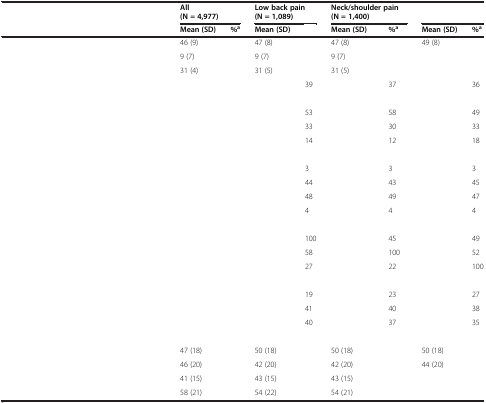
<table><thead><tr><td>[EMPTY_CELL]</td><td colspan="2"><b>All (N = 4,977)</b></td><td colspan="2"><b>Low back pain(N = 1,089)</b></td><td colspan="2"><b>Neck/shoulder pain(N = 1,400)</b></td><td colspan="2">[EMPTY_CELL]</td></tr><tr><td>[EMPTY_CELL]</td><td><b>Mean (SD)</b></td><td><b>%<sup>a</sup></b></td><td><b>Mean (SD)</b></td><td>[EMPTY_CELL]</td><td><b>Mean (SD)</b></td><td><b>%<sup>a</sup></b></td><td><b>Mean (SD)</b></td><td><b>%<sup>a</sup></b></td></tr></thead><tbody><tr><td>[EMPTY_CELL]</td><td>46 (9)</td><td>[EMPTY_CELL]</td><td>47 (8)</td><td>[EMPTY_CELL]</td><td>47 (8)</td><td>[EMPTY_CELL]</td><td>49 (8)</td><td>[EMPTY_CELL]</td></tr><tr><td>[EMPTY_CELL]</td><td>9 (7)</td><td>[EMPTY_CELL]</td><td>9 (7)</td><td>[EMPTY_CELL]</td><td>9 (7)</td><td>[EMPTY_CELL]</td><td>[EMPTY_CELL]</td><td>[EMPTY_CELL]</td></tr><tr><td>[EMPTY_CELL]</td><td>31 (4)</td><td>[EMPTY_CELL]</td><td>31 (5)</td><td>[EMPTY_CELL]</td><td>31 (5)</td><td>[EMPTY_CELL]</td><td>[EMPTY_CELL]</td><td>[EMPTY_CELL]</td></tr><tr><td>[EMPTY_CELL]</td><td>[EMPTY_CELL]</td><td>[EMPTY_CELL]</td><td>[EMPTY_CELL]</td><td>39</td><td>[EMPTY_CELL]</td><td>37</td><td>[EMPTY_CELL]</td><td>36</td></tr><tr><td>[EMPTY_CELL]</td><td>[EMPTY_CELL]</td><td>[EMPTY_CELL]</td><td>[EMPTY_CELL]</td><td>[EMPTY_CELL]</td><td>[EMPTY_CELL]</td><td>[EMPTY_CELL]</td><td>[EMPTY_CELL]</td><td>[EMPTY_CELL]</td></tr><tr><td>[EMPTY_CELL]</td><td>[EMPTY_CELL]</td><td>[EMPTY_CELL]</td><td>[EMPTY_CELL]</td><td>53</td><td>[EMPTY_CELL]</td><td>58</td><td>[EMPTY_CELL]</td><td>49</td></tr><tr><td>[EMPTY_CELL]</td><td>[EMPTY_CELL]</td><td>[EMPTY_CELL]</td><td>[EMPTY_CELL]</td><td>33</td><td>[EMPTY_CELL]</td><td>30</td><td>[EMPTY_CELL]</td><td>33</td></tr><tr><td>[EMPTY_CELL]</td><td>[EMPTY_CELL]</td><td>[EMPTY_CELL]</td><td>[EMPTY_CELL]</td><td>14</td><td>[EMPTY_CELL]</td><td>12</td><td>[EMPTY_CELL]</td><td>18</td></tr><tr><td>[EMPTY_CELL]</td><td>[EMPTY_CELL]</td><td>[EMPTY_CELL]</td><td>[EMPTY_CELL]</td><td>[EMPTY_CELL]</td><td>[EMPTY_CELL]</td><td>[EMPTY_CELL]</td><td>[EMPTY_CELL]</td><td>[EMPTY_CELL]</td></tr><tr><td>[EMPTY_CELL]</td><td>[EMPTY_CELL]</td><td>[EMPTY_CELL]</td><td>[EMPTY_CELL]</td><td>3</td><td>[EMPTY_CELL]</td><td>3</td><td>[EMPTY_CELL]</td><td>3</td></tr><tr><td>[EMPTY_CELL]</td><td>[EMPTY_CELL]</td><td>[EMPTY_CELL]</td><td>[EMPTY_CELL]</td><td>44</td><td>[EMPTY_CELL]</td><td>43</td><td>[EMPTY_CELL]</td><td>45</td></tr><tr><td>[EMPTY_CELL]</td><td>[EMPTY_CELL]</td><td>[EMPTY_CELL]</td><td>[EMPTY_CELL]</td><td>48</td><td>[EMPTY_CELL]</td><td>49</td><td>[EMPTY_CELL]</td><td>47</td></tr><tr><td>[EMPTY_CELL]</td><td>[EMPTY_CELL]</td><td>[EMPTY_CELL]</td><td>[EMPTY_CELL]</td><td>4</td><td>[EMPTY_CELL]</td><td>4</td><td>[EMPTY_CELL]</td><td>4</td></tr><tr><td>[EMPTY_CELL]</td><td>[EMPTY_CELL]</td><td>[EMPTY_CELL]</td><td>[EMPTY_CELL]</td><td>[EMPTY_CELL]</td><td>[EMPTY_CELL]</td><td>[EMPTY_CELL]</td><td>[EMPTY_CELL]</td><td>[EMPTY_CELL]</td></tr><tr><td>[EMPTY_CELL]</td><td>[EMPTY_CELL]</td><td>[EMPTY_CELL]</td><td>[EMPTY_CELL]</td><td>100</td><td>[EMPTY_CELL]</td><td>45</td><td>[EMPTY_CELL]</td><td>49</td></tr><tr><td>[EMPTY_CELL]</td><td>[EMPTY_CELL]</td><td>[EMPTY_CELL]</td><td>[EMPTY_CELL]</td><td>58</td><td>[EMPTY_CELL]</td><td>100</td><td>[EMPTY_CELL]</td><td>52</td></tr><tr><td>[EMPTY_CELL]</td><td>[EMPTY_CELL]</td><td>[EMPTY_CELL]</td><td>[EMPTY_CELL]</td><td>27</td><td>[EMPTY_CELL]</td><td>22</td><td>[EMPTY_CELL]</td><td>100</td></tr><tr><td>[EMPTY_CELL]</td><td>[EMPTY_CELL]</td><td>[EMPTY_CELL]</td><td>[EMPTY_CELL]</td><td>[EMPTY_CELL]</td><td>[EMPTY_CELL]</td><td>[EMPTY_CELL]</td><td>[EMPTY_CELL]</td><td>[EMPTY_CELL]</td></tr><tr><td>[EMPTY_CELL]</td><td>[EMPTY_CELL]</td><td>[EMPTY_CELL]</td><td>[EMPTY_CELL]</td><td>19</td><td>[EMPTY_CELL]</td><td>23</td><td>[EMPTY_CELL]</td><td>27</td></tr><tr><td>[EMPTY_CELL]</td><td>[EMPTY_CELL]</td><td>[EMPTY_CELL]</td><td>[EMPTY_CELL]</td><td>41</td><td>[EMPTY_CELL]</td><td>40</td><td>[EMPTY_CELL]</td><td>38</td></tr><tr><td>[EMPTY_CELL]</td><td>[EMPTY_CELL]</td><td>[EMPTY_CELL]</td><td>[EMPTY_CELL]</td><td>40</td><td>[EMPTY_CELL]</td><td>37</td><td>[EMPTY_CELL]</td><td>35</td></tr><tr><td>[EMPTY_CELL]</td><td>[EMPTY_CELL]</td><td>[EMPTY_CELL]</td><td>[EMPTY_CELL]</td><td>[EMPTY_CELL]</td><td>[EMPTY_CELL]</td><td>[EMPTY_CELL]</td><td>[EMPTY_CELL]</td><td>[EMPTY_CELL]</td></tr><tr><td>[EMPTY_CELL]</td><td>47 (18)</td><td>[EMPTY_CELL]</td><td>50 (18)</td><td>[EMPTY_CELL]</td><td>50 (18)</td><td>[EMPTY_CELL]</td><td>50 (18)</td><td>[EMPTY_CELL]</td></tr><tr><td>[EMPTY_CELL]</td><td>46 (20)</td><td>[EMPTY_CELL]</td><td>42 (20)</td><td>[EMPTY_CELL]</td><td>42 (20)</td><td>[EMPTY_CELL]</td><td>44 (20)</td><td>[EMPTY_CELL]</td></tr><tr><td>[EMPTY_CELL]</td><td>41 (15)</td><td>[EMPTY_CELL]</td><td>43 (15)</td><td>[EMPTY_CELL]</td><td>43 (15)</td><td>[EMPTY_CELL]</td><td>[EMPTY_CELL]</td><td>[EMPTY_CELL]</td></tr><tr><td>[EMPTY_CELL]</td><td>58 (21)</td><td>[EMPTY_CELL]</td><td>54 (22)</td><td>[EMPTY_CELL]</td><td>54 (21)</td><td>[EMPTY_CELL]</td><td>[EMPTY_CELL]</td><td>[EMPTY_CELL]</td></tr></tbody></table>